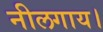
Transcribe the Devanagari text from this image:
नीलगाय।